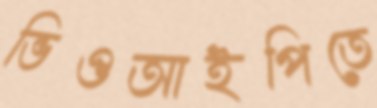
ভিওআইপিতে